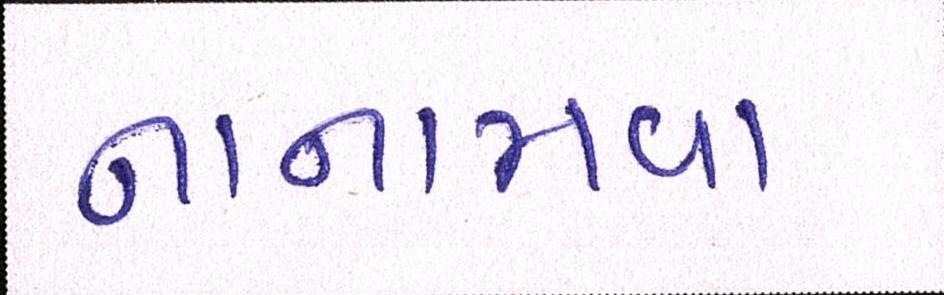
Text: નાનામવા